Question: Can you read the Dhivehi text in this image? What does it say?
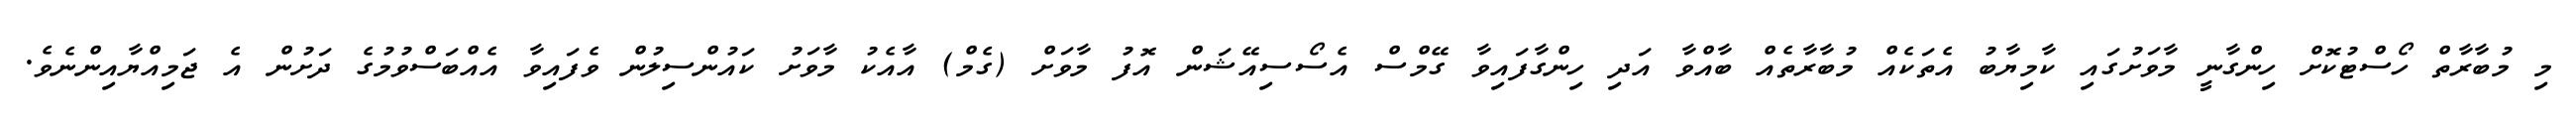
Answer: މި މުބާރާތް ހޯސްޓުކޮށް ހިންގާނީ މާވަށުގައި ކާމިޔާބު އެތަކެއް މުބާރާތެއް ބާއްވާ އަދި ހިންގާފައިވާ ގޭމްސް އެސޯސިއޭޝަން އޮފު މާވަށް (ގެމް) އާއެކު މާވަށު ކައުންސިލުން ވެފައިވާ އެއްބަސްވުމުގެ ދަށުން އެ ޖަމިއްޔާއިންނެވެ.